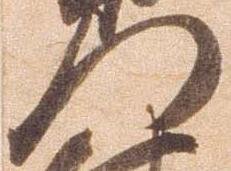
門